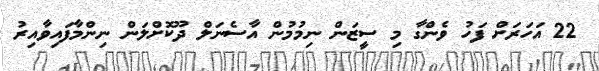
22 އަހަރަށް ފަހު ވެންގާ މި ސީޒަން ނިމުމުން އާސެނަލް ދޫކޮށްލަން ނިންމާފައިވާއިރު